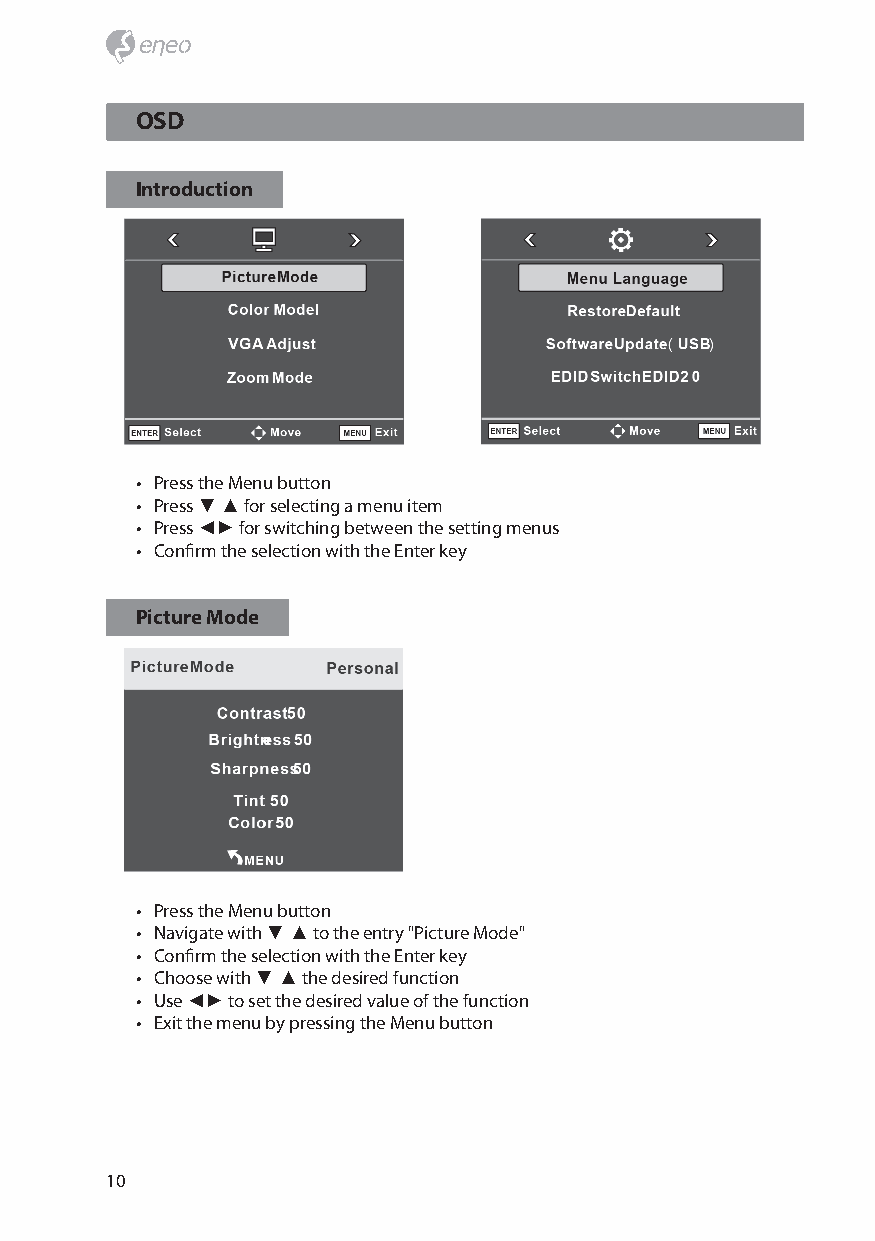
OSD
 Introduction
 • Press the Menu button
 • Press ▼ ▲ for selecting a menu item
 • Press ◄► for switching between the setting menus
 • Confirm the selection with the Enter key
 Picture Mode
 • Press the Menu button
 • Navigate with ▼ ▲ to the entry "Picture Mode"
 • Confirm the selection with the Enter key
 • Choose with ▼ ▲ the desired function
 • Use ◄► to set the desired value of the function
 • Exit the menu by pressing the Menu button
 10